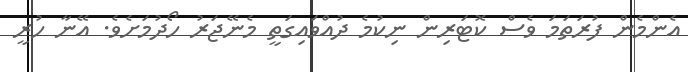
އެންމެން ފުރަތަމަ ވެސް ކޮޓަރިން ނިކުމެ ދުއްވައިގަތީ މެނޭޖަރު ހޯދުމަށެވެ. އޭނާ ހުރީ